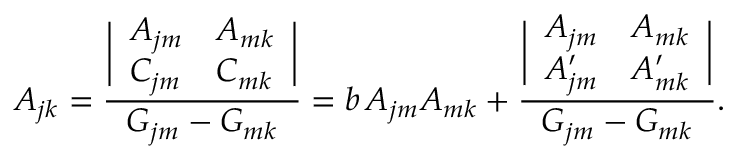
A _ { j k } = { \frac { \biggl | \begin{array} { l l } { { A _ { j m } } } & { { A _ { m k } } } \\ { { C _ { j m } } } & { { C _ { m k } } } \end{array} \biggr | } { G _ { j m } - G _ { m k } } } = b \, A _ { j m } A _ { m k } + { \frac { \biggl | \begin{array} { l l } { { A _ { j m } } } & { { A _ { m k } } } \\ { { A \sp \prime _ { j m } } } & { { A \sp \prime _ { m k } } } \end{array} \biggr | } { G _ { j m } - G _ { m k } } } .